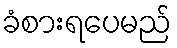
ခံစားရပေမည်